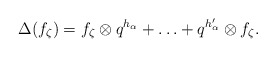
\begin{align*}\Delta(f_\zeta) = f_\zeta \otimes q^{h_{\alpha}} + \ldots + q^{h_{\alpha}^\prime} \otimes f_\zeta.\end{align*}